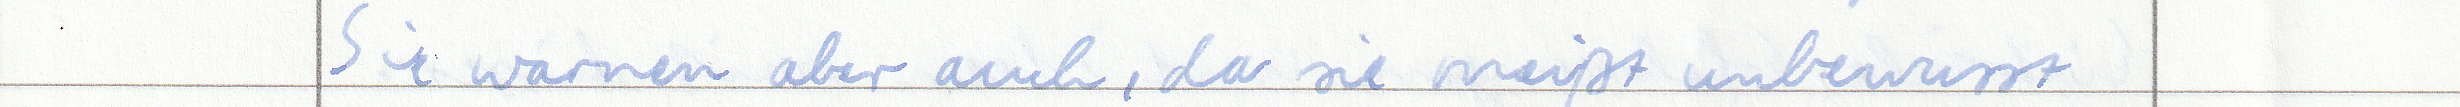
Sie warnen aber auch, da sie meißt unbewusst